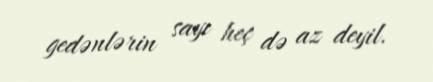
gedənlərin sayı heç də az deyil.